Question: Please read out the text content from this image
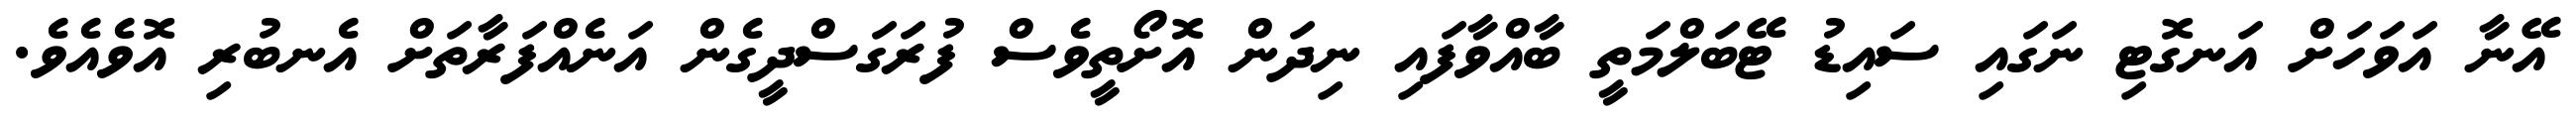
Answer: އޭނާ އަވަހަށް އަނގޮޓި ނަގައި ސައިޑު ޓޭބަލްމަތީ ބާއްވާފައި ނިދަން އޮށޯތީވެސް ފުރަގަސްދީގެން އަނެއްފަރާތަށް އެނބުރި އޮވެއެވެ.